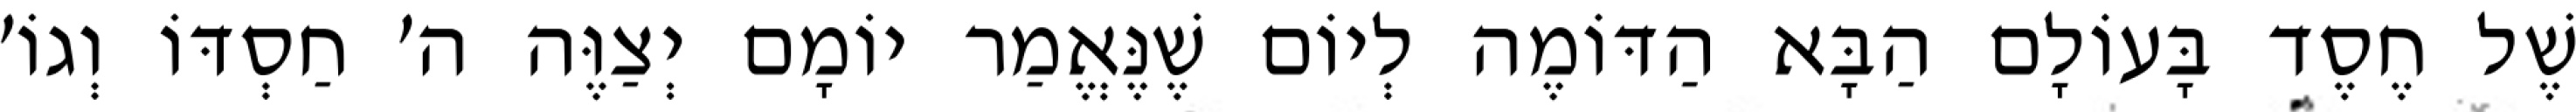
שֶׁל חֶסֶד בָּעוֹלָם הַבָּא הַדּוֹמֶה לְיוֹם שֶׁנֶּאֱמַר יוֹמָם יְצַוֶּה ה׳ חַסְדּוֹ וְגוֹ׳